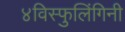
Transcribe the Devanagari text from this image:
४विस्फुलिंगिनी